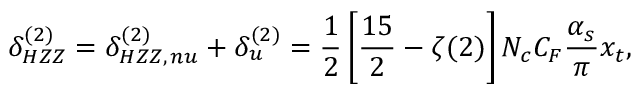
\delta _ { H Z Z } ^ { ( 2 ) } = \delta _ { H Z Z , \, n u } ^ { ( 2 ) } + \delta _ { u } ^ { ( 2 ) } = \frac { 1 } { 2 } \left[ \frac { 1 5 } { 2 } - \zeta ( 2 ) \right] N _ { c } C _ { F } \frac { \alpha _ { s } } { \pi } x _ { t } ,